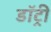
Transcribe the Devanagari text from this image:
डॉट्री